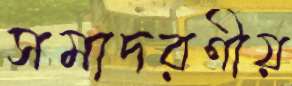
সমাদরণীয়